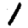
Digit: 1